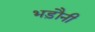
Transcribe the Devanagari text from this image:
भड़ौनी